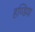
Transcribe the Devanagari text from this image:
हण्डिया